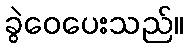
ခွဲဝေပေးသည်။